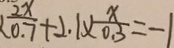
\frac { 2 x } { 0 . 7 } + 2 . 1 \times \frac { x } { 0 . 3 } = - 1